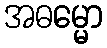
အဓမ္မော